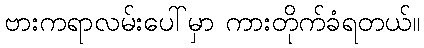
ဗားကရာလမ်းပေါ်မှာ ကားတိုက်ခံရတယ်။